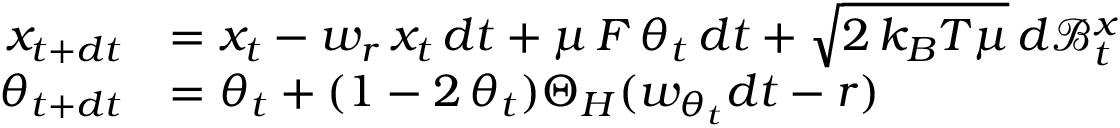
\begin{array} { r l } { x _ { t + d t } } & { = x _ { t } - w _ { r } \, x _ { t } \, d t + \mu \, { \cal F } \, \theta _ { t } \, d t + \sqrt { 2 \, k _ { B } T \mu } \, d \mathcal { B } _ { t } ^ { x } } \\ { \theta _ { t + d t } } & { = \theta _ { t } + ( 1 - 2 \, \theta _ { t } ) \Theta _ { H } ( w _ { \theta _ { t } } d t - r ) } \end{array}